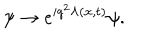
\psi \rightarrow e ^ { i q ^ { 2 } \Lambda ( { \bf x } , t ) } \psi .